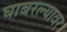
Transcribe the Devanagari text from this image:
घाबरल्यावर